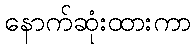
နောက်ဆုံးထားကာ